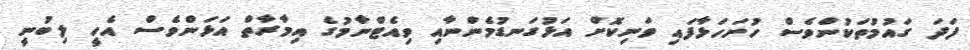
ފަދަ ގައުމުތަކުންވެސް ހުށަހަޅާފައި ވަނިކޮށް އަޅުގަނޑުމެންނާއި ވިއެޓްނާމުގެ އިމާރާތް އަޅަންވެސް އެހީ ލިބުނީ